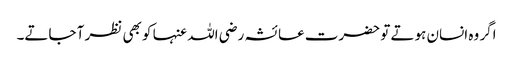
اگر وہ انسان ہوتے تو حضرت عائشہ رضی اللہ عنہا کو بھی نظر آ جاتے۔